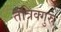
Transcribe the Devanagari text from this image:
तंत्रिक्गुरु